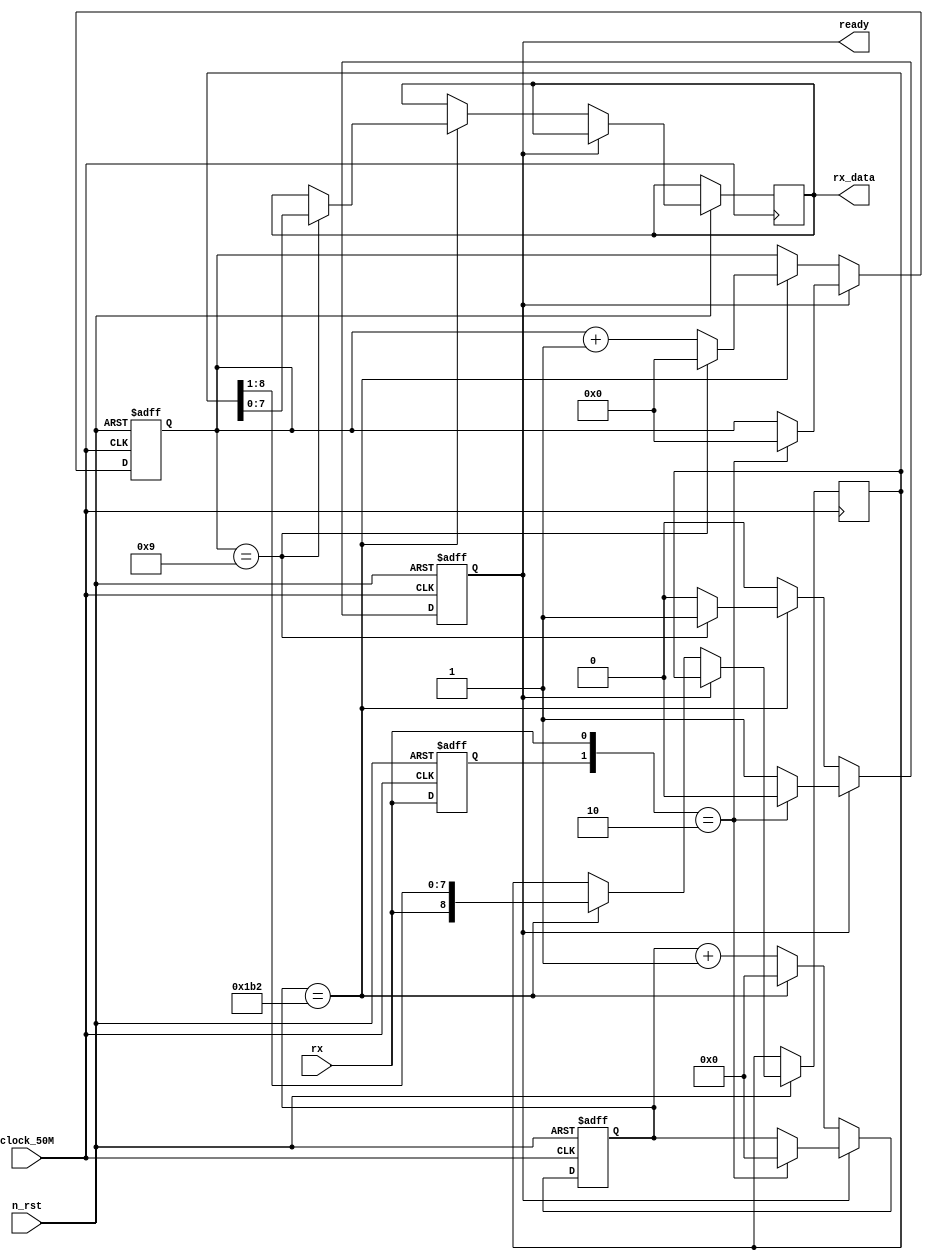
// UART
`ifndef UART_RX_V
`define UART_RX_V
`default_nettype none

module uart_rx (
    input wire clock_50M,
    input wire n_rst,
    input wire rx,
    output reg ready,  // : 1, or: 0
    output reg [7:0] rx_data
);
    // 
    parameter UART_CLOCK = 9'd434;  // 50MHz()/115.2kHz()
    // parameter UART_CLOCK = 9'd217;  // 25MHz()/115.2kHz()
    // 
    reg [8:0] data_buf;  // 
    reg [3:0] rx_index;  // 
    reg [8:0] clock_count;  // 
    reg before_rx;  // 

    always @(posedge clock_50M or negedge n_rst) begin
        if (!n_rst) begin  // 
            rx_index <= 4'b0;
            clock_count <= 5'd0;
            ready <= 1'b1;
            before_rx <= 1'b1;

        end else if (!ready) begin  // 
            before_rx <= rx;
            if (clock_count == UART_CLOCK) begin  // URAT
                clock_count <= 9'd0;
                rx_index <= rx_index + 4'd1;
                data_buf[8:0] <= {rx, data_buf[8:1]};  // 

                if (rx_index == 4'd9) begin
                    ready <= 1'b1;  // 
                    rx_index <= 4'd0;
                    rx_data <= data_buf[7:0];  // ()
                end

            end else begin  // URAT
                clock_count <= clock_count + 9'd1;
            end

        end else if ({before_rx, rx} == 2'b10) begin  // ()
            clock_count <= 9'd0;
            rx_index <= 4'd0;  // 
            ready <= 1'd0;  // 
            before_rx <= rx;  // 
        end else begin
            before_rx <= rx;
        end
    end
endmodule

`endif